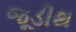
જૂડીથ